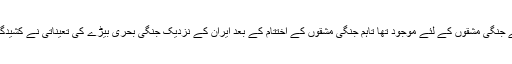
یہ جنگی بحریہ پہلے ہی سے جنگی مشقوں کے لئے موجود تھا تاہم جنگی مشقوں کے اختتام کے بعد ایران کے نزدیک جنگی بحری بیڑے کی تعیناتی نے کشیدگی میں مزیداضافہ کردیا ہے۔